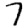
Digit: 7